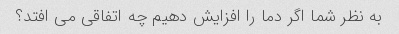
به نظر شما اگر دما را افزایش دهیم چه اتفاقی می افتد؟